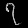
Digit: ၇